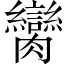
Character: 臠